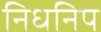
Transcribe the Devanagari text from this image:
निधनिप